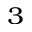
_ 3